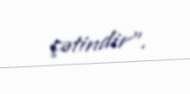
çətindir”.